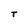
Character: T